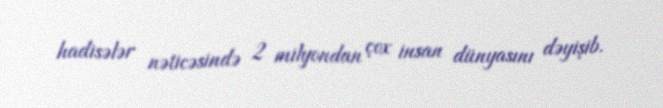
hadisələr nəticəsində 2 milyondan çox insan dünyasını dəyişib.